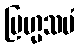
ဗြဟ္မသမံ